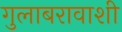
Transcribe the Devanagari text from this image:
गुलाबरावाशी